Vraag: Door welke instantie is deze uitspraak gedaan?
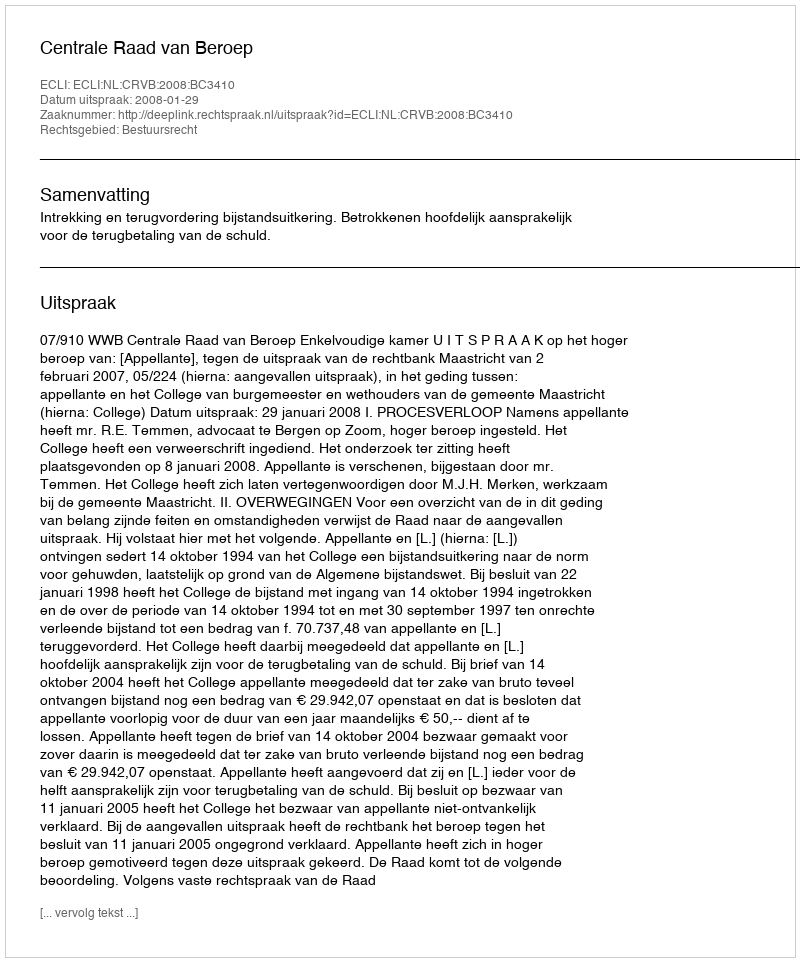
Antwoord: Centrale Raad van Beroep